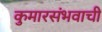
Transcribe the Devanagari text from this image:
कुमारसंभवाची